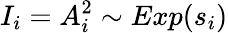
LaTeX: I_{i}=A_{i}^{2}\sim Exp(s_{i})